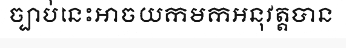
ច្បាប់នេះអាចយកមកអនុវត្តបាន